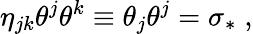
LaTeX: \eta_{jk}\theta^{j}\theta^{k}\equiv\theta_{j}\theta^{j}=\sigma_{\ast}\; ,